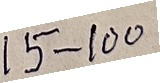
15 - 100